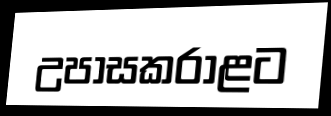
උපාසකරාළට